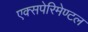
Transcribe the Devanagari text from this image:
एक्सपेरिमेण्टल